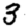
Digit: 3